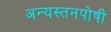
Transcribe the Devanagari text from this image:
अन्यस्तनपोषी